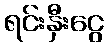
ရင်းနှီးငွေ